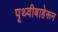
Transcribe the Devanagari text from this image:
पृथ्वीबाहेरून